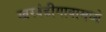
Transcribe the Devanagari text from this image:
खरवंडीगावामध्ये